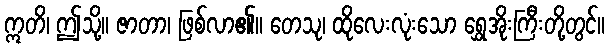
ဣတိ၊ ဤသို့။ ဇာတာ၊ ဖြစ်လာ၏။ တေသု၊ ထိုလေးလုံးသော ရွှေအိုးကြီးတို့တွင်။